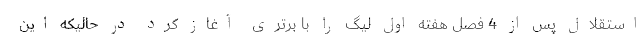
استقلال پس از 4 فصل هفته اول لیگ را با برتری آغاز کرد در حالیکه این